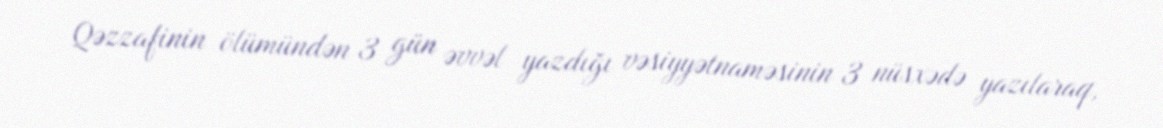
Qəzzafinin ölümündən 3 gün əvvəl yazdığı vəsiyyətnaməsinin 3 nüsxədə yazılaraq,